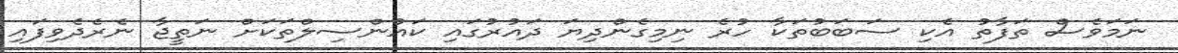
ނަމަވެސް ތަފާތު އެކި ސަބަބުތަކާ ހުރެ ނިމިގެންދިޔަ ދައުރުގައި ކައުންސިލްތަކަށް ނަތީޖާ ނެރެދެވިފައި